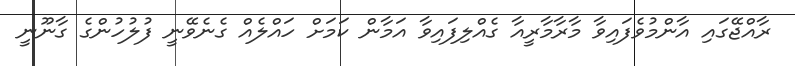
ރާއްޖޭގައި އާންމުވެފައިވާ މާރާމާރީއާ ގެއްލިފައިވާ އަމާން ކަމަށް ހައްލެއް ގެނެވޭނީ ފުލުހުންގެ ގާނޫނީ